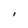
Character: I